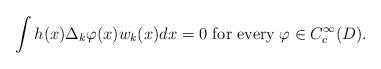
LaTeX: \begin{align*}\int h(x)\Delta_k\varphi(x) w_k(x) dx=0 \textrm{ for every}\; \varphi\in C^\infty_c(D).\end{align*}